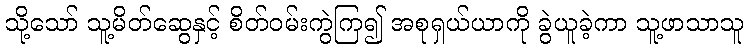
သို့သော် သူ့မိတ်ဆွေနှင့် စိတ်ဝမ်းကွဲကြ၍ အစုရှယ်ယာကို ခွဲယူခဲ့ကာ သူ့ဖာသာသူ